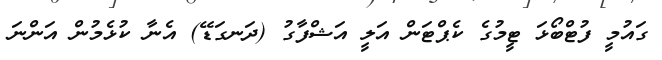
ގައުމީ ފުޓްބޯޅަ ޓީމުގެ ކެޕްޓަން އަލީ އަޝްފާގު (ދަނގަޑޭ) އެނާ ކުޅެމުން އަންނަ